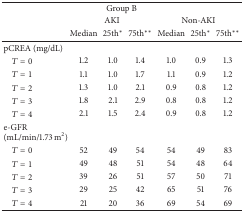
<table><thead><tr><td colspan="7"><b>Group B</b></td></tr><tr><td rowspan="2"><b> </b></td><td colspan="3"><b>AKI</b></td><td colspan="3"><b>Non-AKI</b></td></tr><tr><td><b>Median</b></td><td><b>25th<sup><i>∗</i></sup></b></td><td><b>75th<sup><i>∗∗</i></sup></b></td><td><b>Median</b></td><td><b>25th<sup><i>∗</i></sup></b></td><td><b>75th<sup><i>∗∗</i></sup></b></td></tr></thead><tbody><tr><td>pCREA (mg/dL)</td><td> </td><td> </td><td> </td><td> </td><td> </td><td> </td></tr><tr><td> <i>T</i> = 0</td><td>1.2</td><td>1.0</td><td>1.4</td><td>1.0</td><td>0.9</td><td>1.3</td></tr><tr><td> <i>T</i> = 1</td><td>1.1</td><td>1.0</td><td>1.7</td><td>1.1</td><td>0.9</td><td>1.2</td></tr><tr><td> <i>T</i> = 2</td><td>1.3</td><td>1.0</td><td>2.1</td><td>0.9</td><td>0.8</td><td>1.2</td></tr><tr><td> <i>T</i> = 3</td><td>1.8</td><td>2.1</td><td>2.9</td><td>0.8</td><td>0.8</td><td>1.2</td></tr><tr><td> <i>T</i> = 4</td><td>2.1</td><td>1.5</td><td>2.4</td><td>0.9</td><td>0.8</td><td>1.2</td></tr><tr><td>e-GFR (mL/min/1.73 m<sup>2</sup>)</td><td> </td><td> </td><td> </td><td> </td><td> </td><td> </td></tr><tr><td> <i>T</i> = 0</td><td>52</td><td>49</td><td>54</td><td>54</td><td>49</td><td>83</td></tr><tr><td> <i>T</i> = 1</td><td>49</td><td>48</td><td>51</td><td>54</td><td>48</td><td>64</td></tr><tr><td> <i>T</i> = 2</td><td>39</td><td>26</td><td>51</td><td>57</td><td>50</td><td>71</td></tr><tr><td> <i>T</i> = 3</td><td>29</td><td>25</td><td>42</td><td>65</td><td>51</td><td>76</td></tr><tr><td> <i>T</i> = 4</td><td>21</td><td>20</td><td>36</td><td>69</td><td>54</td><td>69</td></tr></tbody></table>